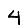
Digit: 4